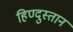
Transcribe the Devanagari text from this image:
हिण्दुस्तान